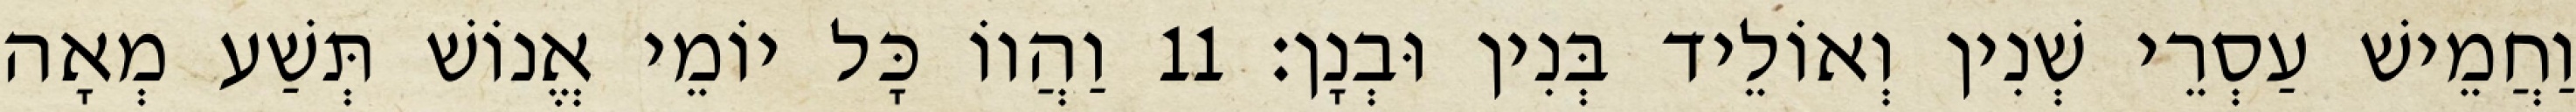
וַחֲמֵישׁ עַסְרֵי שְׁנִין וְאוֹלֵיד בְּנִין וּבְנָן׃ 11 וַהֲווֹ כָּל יוֹמֵי אֱנוֹשׁ תְּשַׁע מְאָה